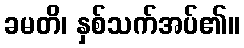
ခမတိ၊ နှစ်သက်အပ်၏။